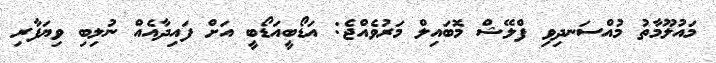
މައުލޫމާތު މުއްސަނދިވި ފްލޭޝް މޮބައިލް މަރުވެއްޖެ: އަޑޯބީއަޑޯބީ އަށް ފައިދާއެއް ނުލިބި ވިޔަފާރި